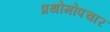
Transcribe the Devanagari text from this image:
प्रथोमोपचार